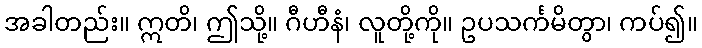
အခါတည်း။ ဣတိ၊ ဤသို့။ ဂီဟီနံ၊ လူတို့ကို။ ဥပသင်္ကမိတွာ၊ ကပ်၍။